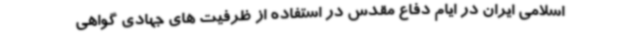
اسلامی ایران در ایام دفاع مقدس در استفاده از ظرفیت های جهادی گواهی